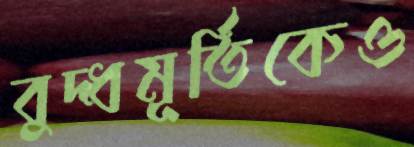
বুদ্ধমূর্তিকেও